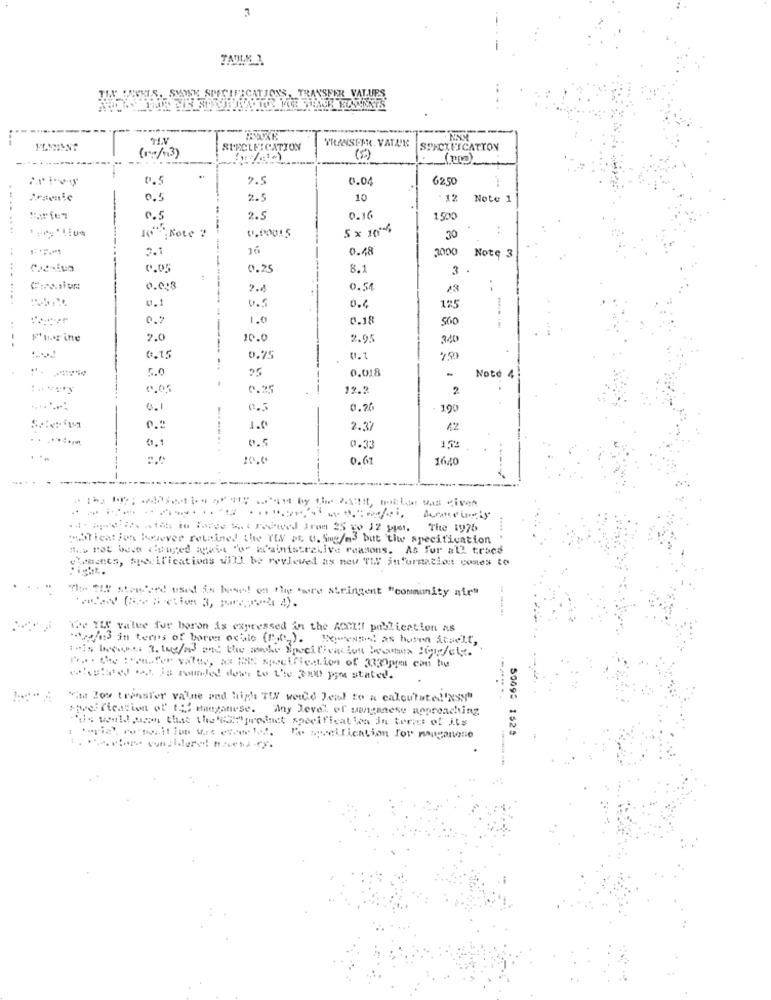
3
JA WOHIS. SVOSK SPECIFICATIONS, TRANSP
SPECIFICATION
TRANSFER, VATALKS
SPECIFICATION
0.5
7.5
0.04
6250
0.5
2.5
10
12
Note 1
0.5
2.5
0.10
150
5x 100%
. .
.30
16
0.48
3000
Note 3
0.05
0.25
8.1
3 .
.. .... .. ...
0.013
2.4
0.54
.....
4.1
0.5
0.4
125
0.7
1.0
0.18
560
Fint inte
2.0
10.0
2.95
340
0.15
0.75
0.1
5.0
25
0.018
Note 4
0.25
12.
2
0.1
0.76
190
1.0
2.37
4,2
....-
0.1
0.5
0.33
1,52
0.61
1640
---- - - From 25 to 12 yter. The 1975
.Tication bylover retained the YEV at 0. 5mg/m3 but tiw specification
.... .
the not been dinged again "o" wainistrecive reasons. As for all trace
Whatts, specifications will be reviewed as new "IF information comes to
Th. Tff strucend used is based on the 'wore stringent "community air"
We ILY value for boron is expressed in the ACCI !! publication as
20/4:3 in terms of boros ochilo (P.G.). Remessa! as huse itself,
it is Itunes a. twe/ou and the make Specification Cames Cope/cly.
-ho -. je monde des. to L'ie 30 pim stated.
Vite low transfer valite and High TUV world Jend to a calculated'NSy"
spreification of ty emaganese. Any Level of manganese approaching
tis would own that the end product specification in terms of its
50092 1525
I soveification for naagannie